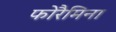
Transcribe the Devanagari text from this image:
फोरैमिना